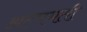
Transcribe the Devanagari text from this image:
अल्पमती